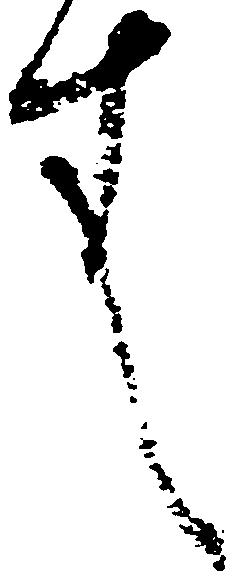
件